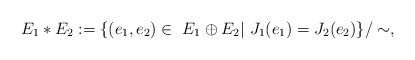
LaTeX: \begin{align*}E_1 * E_2 : = \{ (e_1, e_2)\in \ E_1 \oplus E_2 | \ J_1(e_1) = J_2(e_2) \}/\sim,\end{align*}